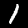
Digit: 1